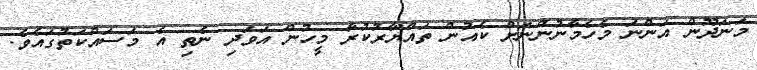
މަނަދޫން އަންނަ މެހެމާނުންނަަށް ކެއުން ތައްޔާރުކުރާ މީހުން އަވަދި ނެތި އެ މަސައްކަަތުގައެވެ.